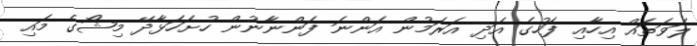
ލަވަތައް އިހާއި ފަހުގެ އަދި އަރަމުން އަންނަ ފަންނާނުން ހުށަހަޅާދޭ މިޝޯގެ މައި